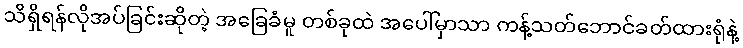
သိရှိရန်လိုအပ်ခြင်းဆိုတဲ့ အခြေခံမူ တစ်ခုထဲ အပေါ်မှာသာ ကန့်သတ်ဘောင်ခတ်ထားရုံနဲ့